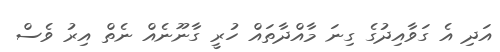
އަދި އެ ގަވާއިދުގެ ގިނަ މާއްދާތައް ހުރީ ގާނޫނެއް ނެތް އިރު ވެސް